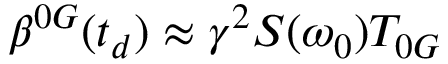
\boldsymbol { \beta } ^ { 0 G } ( t _ { d } ) \approx \gamma ^ { 2 } \boldsymbol { S } ( \omega _ { 0 } ) T _ { 0 G }